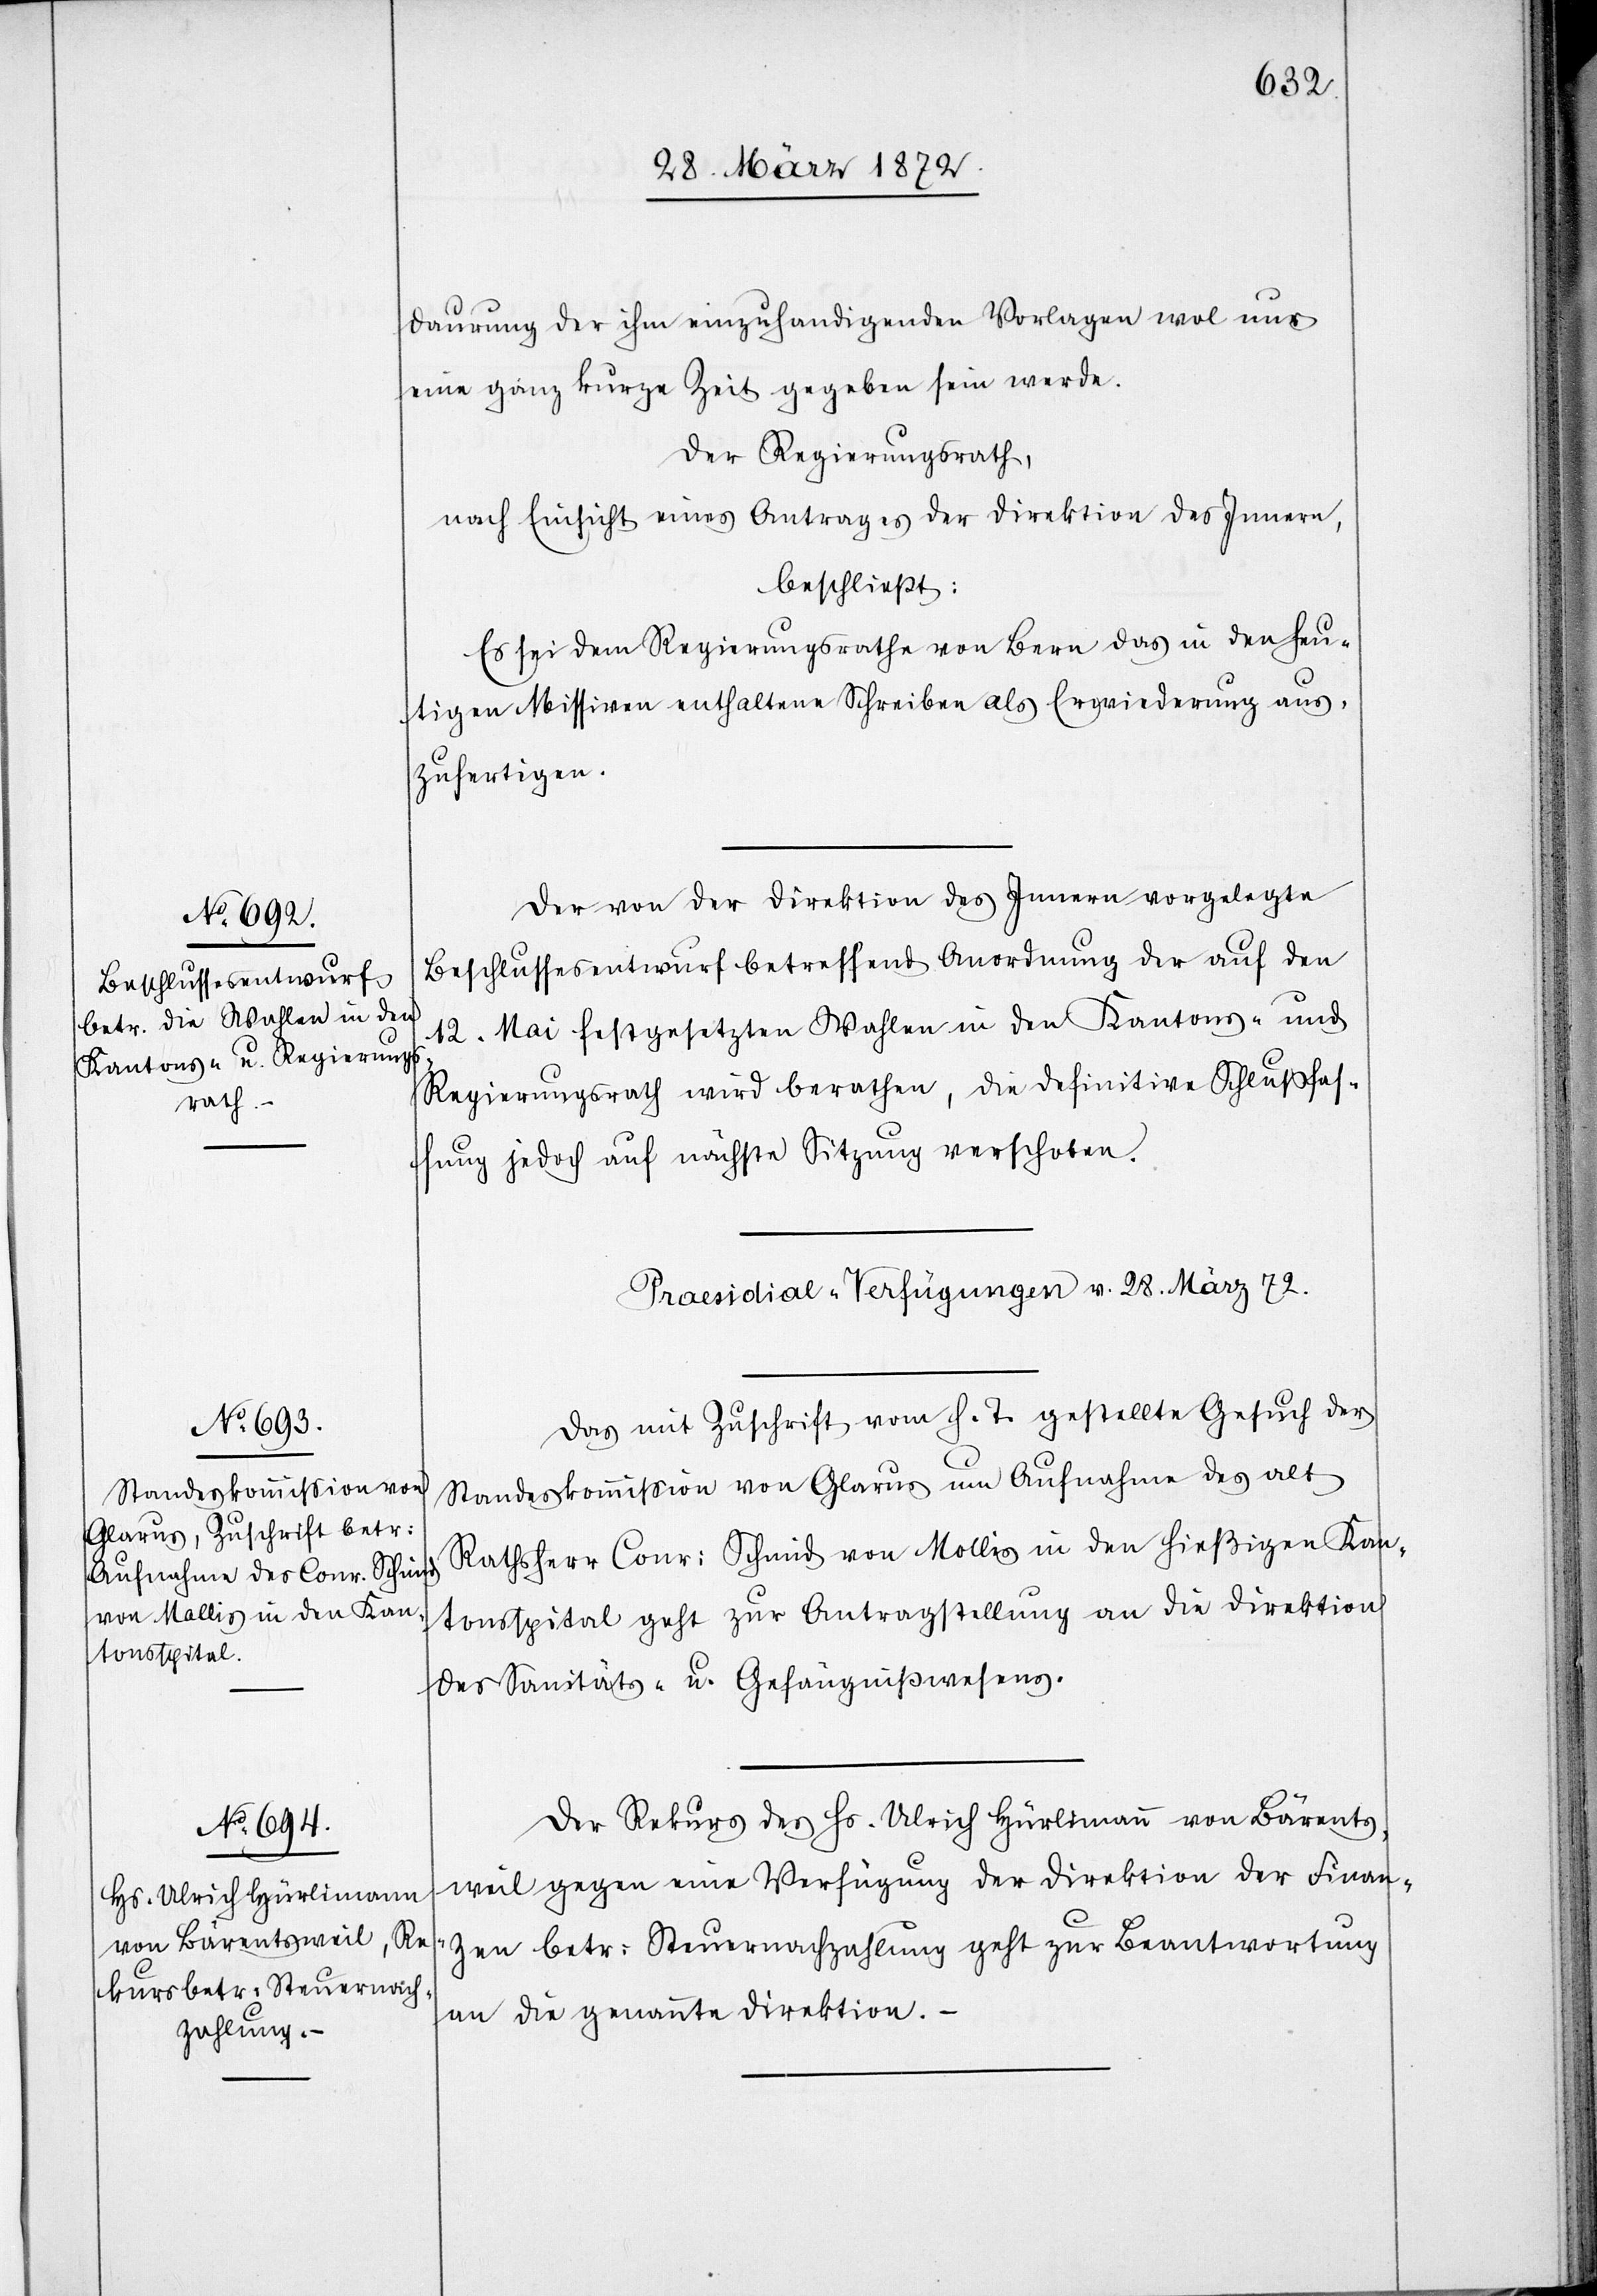
daurung der ihm einzuhandigenden Vorlagen wol nur
eine ganz kurze Zeit gegeben sein werde.
Der Regierungsrath,
nach Einsicht eines Antrages der Direktion des Innern,
beschließt:
Es sei dem Regierungsrathe von Bern das in den heu¬
tigen Missiven enthaltene Schreiben als Erwiederung aus¬
zufertigen.
Der von der Direktion des Innern vorgelegte
Beschlussesentwurf betreffend Anordnung der auf den
12. Mai festgesetzten Wahlen in den Kantons- und
Regierungsrath wird berathen, die definitive Schlußfas¬
sung jedoch auf nächste Sitzung verschoben.
[Praesidial-Verfügungen v. 28. März 72.]
Das mit Zuschrift vom h. T. gestellte Gesuch der
Standeskommission von Glarus um Aufnahme des alt
Rathsherr Conr: Schmid von Mollis in den hießigen Kan¬
tonsspital geht zur Antragstellung an die Direktion
des Sanitäts- u. Gefängnißwesens.
Der Rekurs des Hs. Ulrich Hürlimann von Bärents¬
weil gegen eine Verfügung der Direktion der Finan¬
zen betr: Steuernachzahlung geht zur Beantwortung
an die genannte Direktion. –